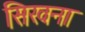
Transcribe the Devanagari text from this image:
सिखना